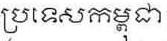
ប្រទេសកម្ពុជា